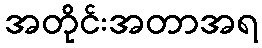
အတိုင်းအတာအရ